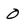
Character: 0